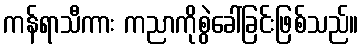
ကန်ရာသီကား ကညာကိုစွဲခေါ်ခြင်းဖြစ်သည်။